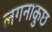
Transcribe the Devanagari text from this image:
लगनाकुछ